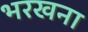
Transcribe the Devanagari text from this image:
भरखना